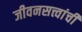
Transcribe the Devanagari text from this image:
जीवनसत्त्वांची